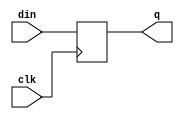
module dff (
    din,clk,q
);
input din,clk;
output q;
reg q;
always @(posedge clk) begin
    q <= din;
end
    
endmodule